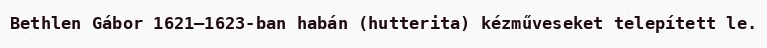
Bethlen Gábor 1621–1623-ban habán (hutterita) kézműveseket telepített le.